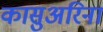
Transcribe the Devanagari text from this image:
कासुअरिना